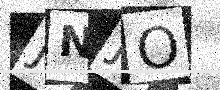
Text: JNJO